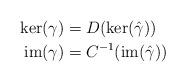
LaTeX: \begin{align*} \operatorname{ker}(\gamma)&=D(\operatorname{ker}(\hat{\gamma})) \\\operatorname{im}(\gamma)&=C^{-1}(\operatorname{im}(\hat{\gamma}))\end{align*}